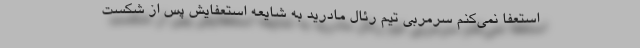
استعفا نمی‌کنم سرمربی تیم رئال مادرید به شایعه استعفایش پس از شکست